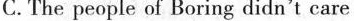
C. The people of Boring didn't care